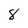
Character: 8